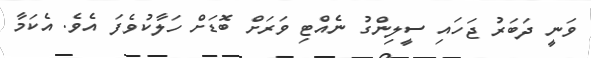
ވަނީ ދަބަރު ޖަހައި ސީލިންގު ނެއްޓި ވަރަށް ބޮޑަށް ހަލާކުވެފަ އެވެ. އެކަމާ